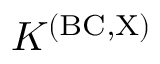
K ^ { \mathrm { ( B C , X ) } }